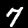
Digit: 7